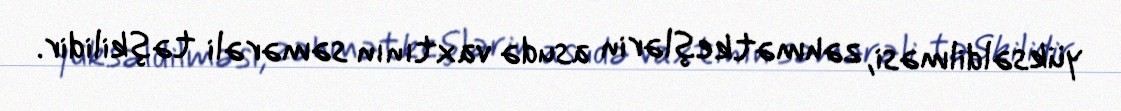
yüksəldilməsi, zəhmətkeşlərin asudə vaxtının səmərəli təşkilidir.